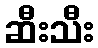
ဆီးသီး